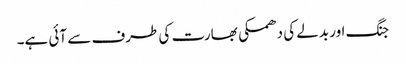
جنگ اور بدلے کی دھمکی بھارت کی طرف سے آئی ہے۔